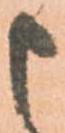
申